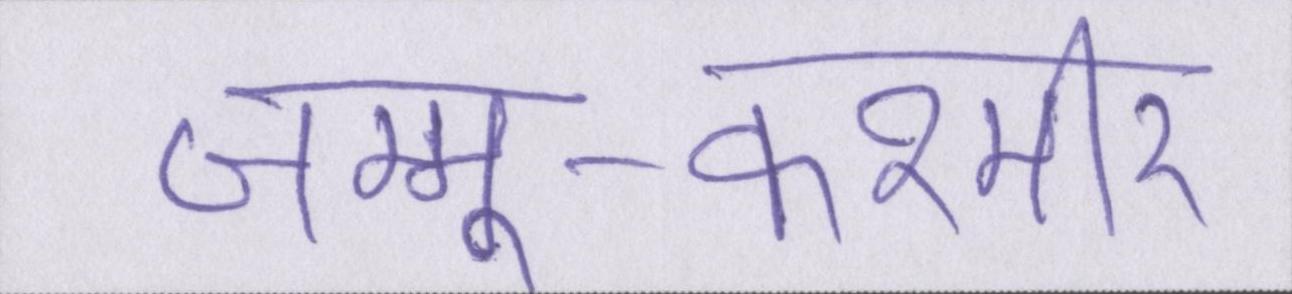
जम्मू-कश्मीर